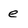
Character: e